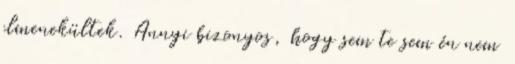
elmenekültek. Annyi bizonyos, hogy sem te sem én nem